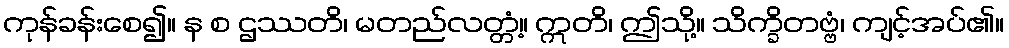
ကုန်ခန်းစေ၍။ န စ ဌဿတိ၊ မတည်လတ္တံ့။ ဣတိ၊ ဤသို့။ သိက္ခိတဗ္ဗံ၊ ကျင့်အပ်၏။